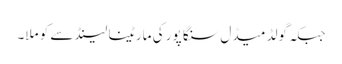
جبکہ گولڈ میڈل سنگا پور کی مارٹینا لینڈ سے کو ملا۔